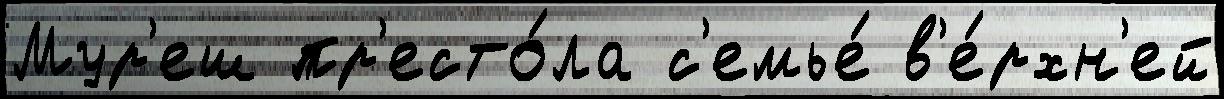
Мур'еш пр'есто́ла с'емье́ в'е́рхн'ей